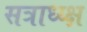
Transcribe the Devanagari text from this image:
सत्राध्य्क्ष